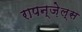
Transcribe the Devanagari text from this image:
रापन्ज़ेल्स